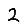
Digit: 2